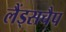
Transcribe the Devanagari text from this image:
लैंड्सचैप